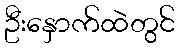
ဦးနှောက်ထဲတွင်